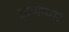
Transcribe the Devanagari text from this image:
ठाणेनगर